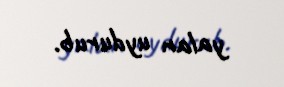
yalan uydurub.